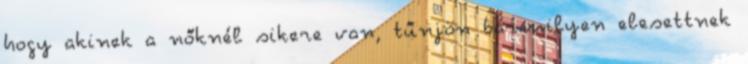
hogy akinek a nőknél sikere van, tűnjön bármilyen elesettnek